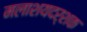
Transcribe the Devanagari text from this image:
मलाशयदर्शक